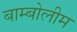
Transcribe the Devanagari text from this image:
बाम्बोलीम